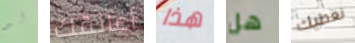
لو أعانقك هذا هل نعطيك